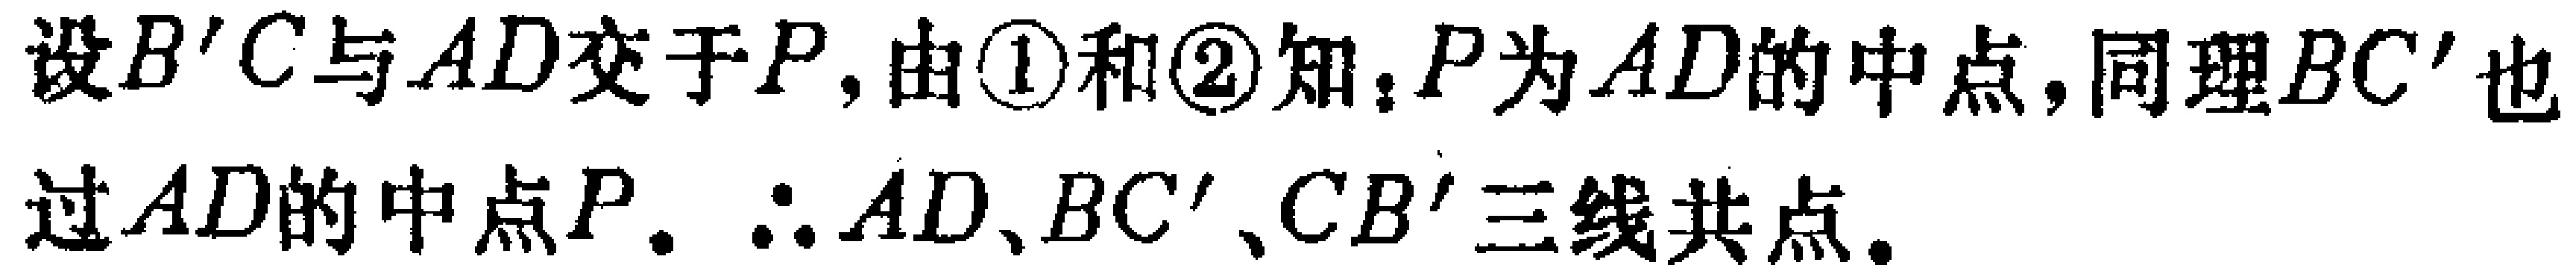
设\(B'C\)与\(AD\)交于\(P\)，由\textcircled{1}和\textcircled{2}知，\(P\)为\(AD\)的中点，同理\(BC'\)也过\(AD\)的中点\(P\)。\(\therefore AD\)、\(BC'\)、\(CB'\)三线共点。